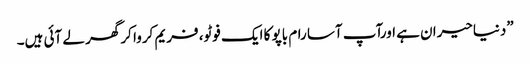
”دنیاحیران ہے اورآپ آسا رام باپو کا ایک فوٹو، فریم کروا کر گھر لے آئی ہیں۔